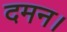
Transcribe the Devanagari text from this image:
दमन।